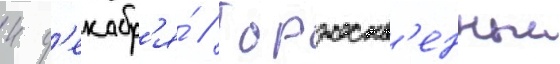
4 д'екабр'я́ // Торжеств'енныи